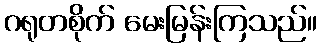
ဂရုတစိုက် မေးမြန်းကြသည်။